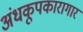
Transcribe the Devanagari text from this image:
अंधकूपकारागार